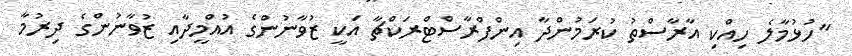
"ހުޅުމާލެ ހިއްކި އާރާސްތު ކުރަމުންދާ އިންފްރާސްޓްރަކްޗާ އަކީ ޒުވާނުންުގެ އުއްމީދާއި ޒުވާނުންގެ ދިރުމާ